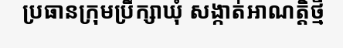
ប្រធានក្រុមប្រឹក្សាឃុំ សង្កាត់អាណត្តិថ្មី